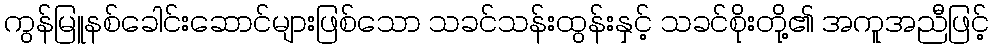
ကွန်မြူနစ်ခေါင်းဆောင်များဖြစ်သော သခင်သန်းထွန်းနှင့် သခင်စိုးတို့၏ အကူအညီဖြင့်